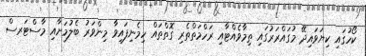
ކޯހުގައި ކިޔަވައިދޭ މުގައްރަރުގައި ތިމާވެއްޓާއި ރަހްމަތްތެރި ގޮތްތައް ހިމެނިފައިވާ މިންވަރު ބެލުމަށާއި މާސްޓަރސް